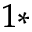
^ { 1 * }